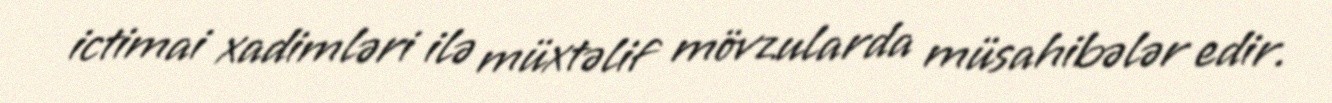
ictimai xadimləri ilə müxtəlif mövzularda müsahibələr edir.